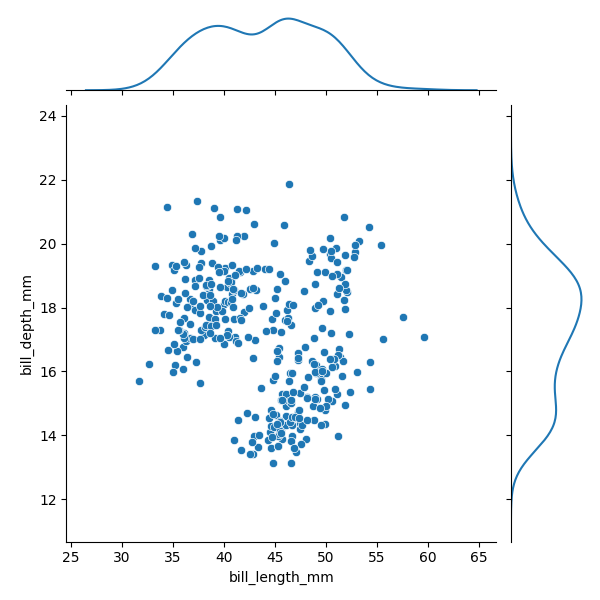
python, seaborn, JointGrid, scatterplot, kdeplot